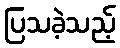
ပြသခဲ့သည့်